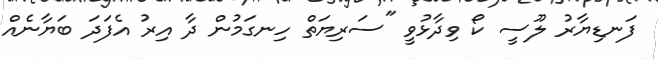
ފަނޑިޔާރު ލޫސީ ކޯ ވިދާޅުވީ "ސަރިޔަތް ހިނގަމުން ދާ އިރު އެފަދަ ބަޔާނެއް